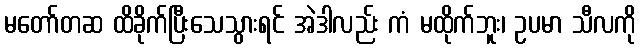
မတော်တဆ ထိခိုက်ပြီးသေသွားရင် အဲဒါလည်း ကံ မထိုက်ဘူး၊ ဥပမာ သီလကို